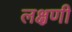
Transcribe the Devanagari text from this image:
लक्षणी